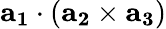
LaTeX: \mathbf{a_{1}}\cdot(\mathbf{a_{2}}\times\mathbf{a_{3}})